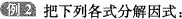
例 2 把下列各式分解因式：